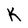
Character: k